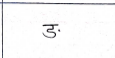
मजकूर: ङ